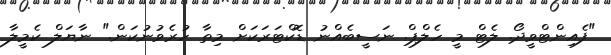
"ފެއިންޓްވީދޯ. ލެޓް މީ ހެލްޕް. ނަސީބެއްނު ޑޮކްޓަރަކަށް މިތާ ހުރެވުނުކަން." ނާޔަލް ކެމީލާ